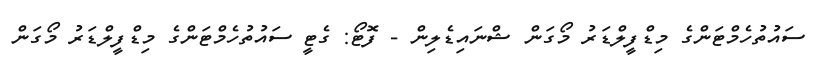
ސައުތުހެމްޓަންގެ މިޑްފީލްޑަރު މޯގަން ޝްނައިޑެލިން - ފޮޓޯ: ގެޓީ ސައުތުހެމްޓަންގެ މިޑްފީލްޑަރު މޯގަން